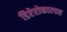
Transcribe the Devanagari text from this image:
डिप्टेरोकारपस